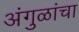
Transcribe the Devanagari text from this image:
अंगुळांचा